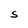
Character: S